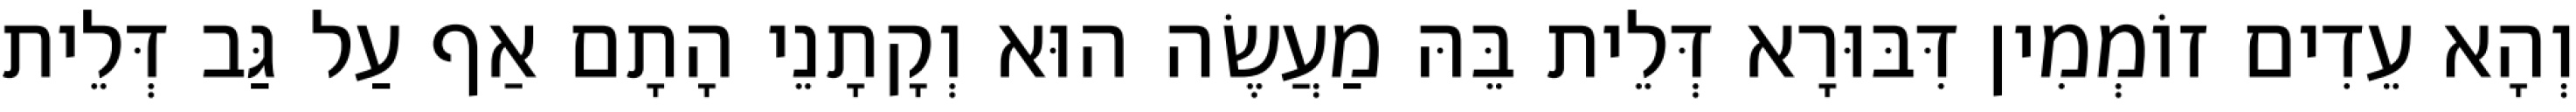
וְהָא עֵדִים זוֹמְמִין דִּבּוּרָא דְּלֵית בֵּהּ מַעֲשֶׂה הוּא וְקָתָנֵי הָתָם אַף עַל גַּב דְּלֵית